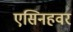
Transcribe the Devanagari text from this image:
एसिनहवर